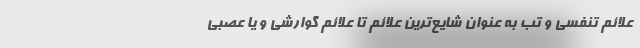
علائم تنفسی و تب به عنوان شایع‌ترین علائم تا علائم گوارشی و یا عصبی